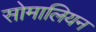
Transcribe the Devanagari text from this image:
सोमालियन